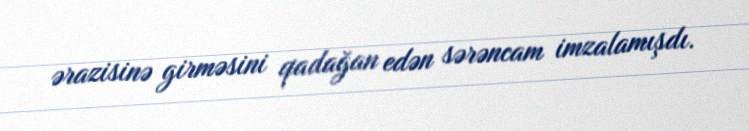
ərazisinə girməsini qadağan edən sərəncam imzalamışdı.